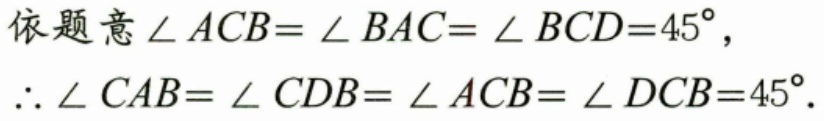
依题意\(\angle ACB=\angle BAC=\angle BCD = 45^{\circ}\)，
\(\therefore\angle CAB=\angle CDB=\angle ACB=\angle DCB = 45^{\circ}\).